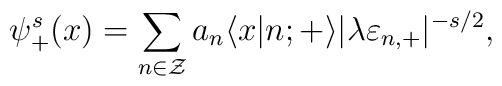
\psi_{+}^s (x) = \sum_{n \in \cal Z} a_n \langle x|n;{+} \rangle|\lambda \varepsilon_{n,+}|^{-s/2},